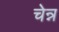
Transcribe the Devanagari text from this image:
चेन्न